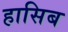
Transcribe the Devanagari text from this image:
हासिब